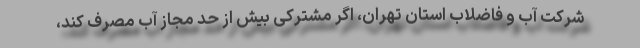
شرکت آب و فاضلاب استان تهران، اگر مشترکی بیش از حد مجاز آب مصرف کند،